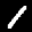
Label: 1